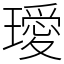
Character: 璦